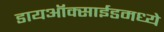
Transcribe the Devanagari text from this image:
डायऑक्साईडमध्ये